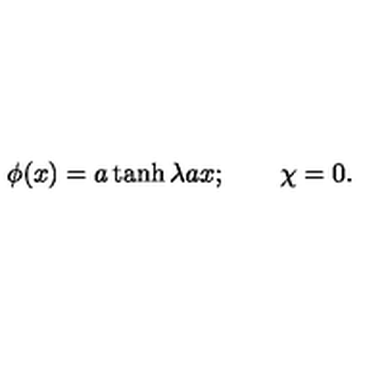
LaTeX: \phi ( x ) = a \tanh \lambda a x ; \qquad \chi = 0 .